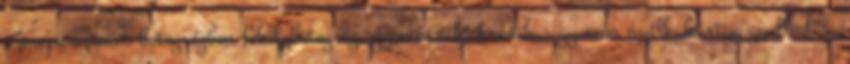
szerepe számos betegségben fekélybetegség, gyomorrák, krónikus gyomor nyálkahártya gyulladás.